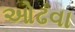
ઓઢવા